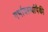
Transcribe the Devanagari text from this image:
गर्भावस्थांपैकी